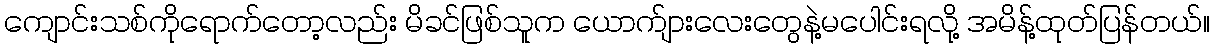
ကျောင်းသစ်ကိုရောက်တော့လည်း မိခင်ဖြစ်သူက ယောက်ျားလေးတွေနဲ့မပေါင်းရလို့ အမိန့်ထုတ်ပြန်တယ်။